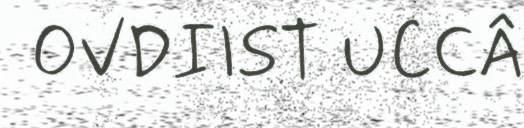
OVDIIST UCCÂ